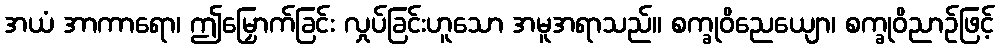
အယံ အာကာရော၊ ဤမြှောက်ခြင်း လှုပ်ခြင်းဟူသော အမူအရာသည်။ စက္ခုဝိညေယျော၊ စက္ခုဝိညာဉ်ဖြင့်